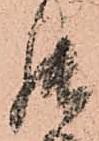
罷